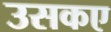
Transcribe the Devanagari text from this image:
उसकए